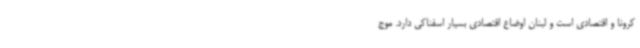
کرونا و اقتصادی است و لبنان اوضاع اقتصادی بسیار اسفناکی دارد. موج